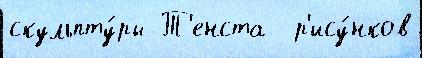
скульпту́ры Т'енста  р'ису́нков